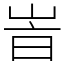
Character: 峕